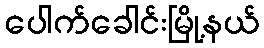
ပေါက်ခေါင်းမြို့နယ်